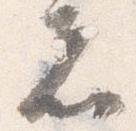
者